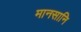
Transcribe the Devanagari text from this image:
मानसानि